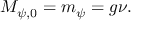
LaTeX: M _ { \psi , 0 } = m _ { \psi } = g \nu .